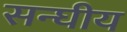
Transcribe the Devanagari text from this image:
सन्घीय